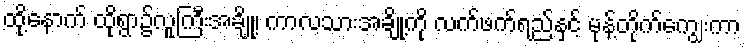
ထို့နောက် ထိုရွာ၌လူကြီးအချို့၊ ကာလသားအချို့ကို လက်ဖက်ရည်နှင့် မုန့်တိုက်ကျွေးကာ